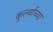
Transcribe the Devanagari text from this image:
कुर्ल्याच्या